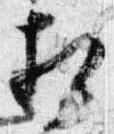
相